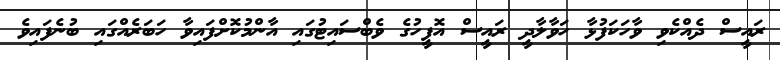
ރައީސް ދެއްކެވި ވާހަކަފުޅާ ހަވާލާދީ ރައީސް އޮފީހުގެ ވެބްސައިޓުގައި އާންމުކޮށްފައިވާ ހަބަރެއްގައި ބުނެފައިވެ